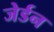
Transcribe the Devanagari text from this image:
जेर्डन